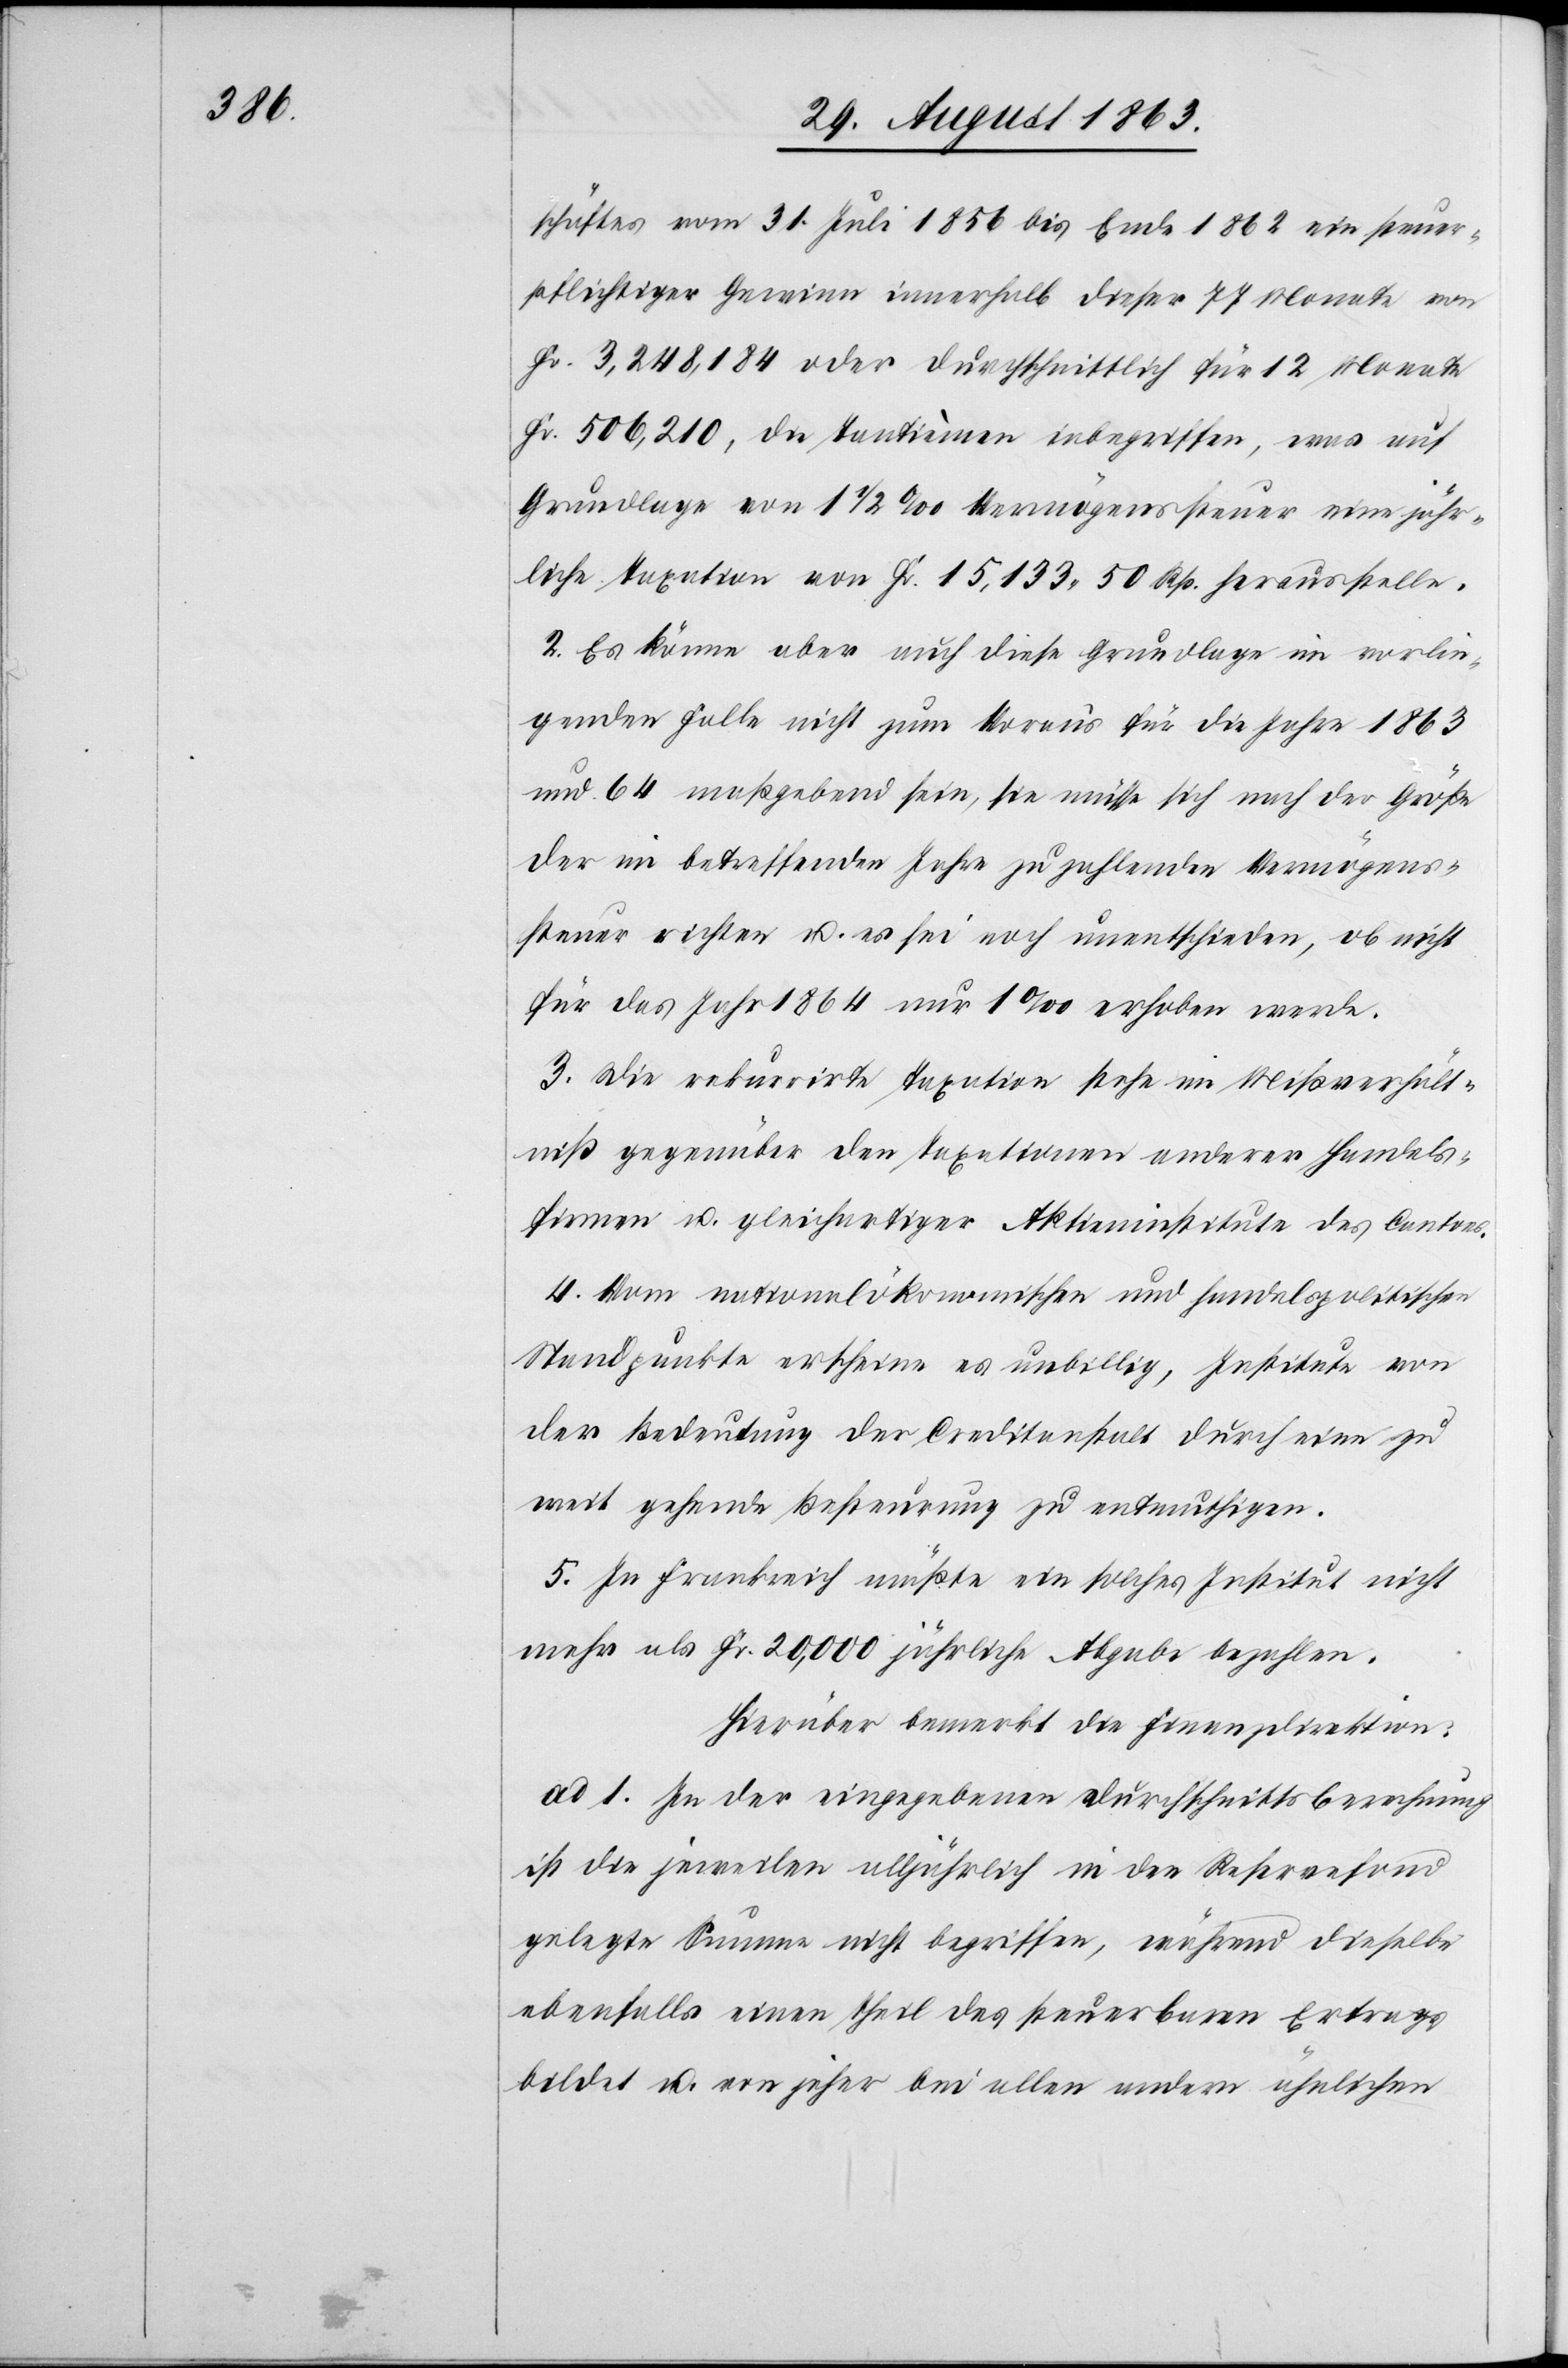
schäftes vom 31. Juli 1856 bis Ende 1862 ein steuer¬
pflichtiger Gewinn innerhalb dieser 77 Monate von
Fr. 3,248,184 oder durchschnittlich für 12 Monate
Fr. 506,210, den Tantièmen inbegriffen, was auf
Grundlage von 1 1/2 ‰ Vermögenssteuer eine jähr¬
liche Taxation von Fr. 15,133. 50 Rp. herausstelle.
2. Es könne aber auch diese Grundlage im vorlie¬
genden Falle nicht zum Voraus für die Jahre 1863
und 64 maßgebend sein, sie müsse sich nach der Größe
der im betreffenden Jahre zu zahlenden Vermögens¬
steuer richten u. es sei noch unentschieden, ob nicht
für das Jahr 1864 nur 1‰ erhoben werde.
3. Die rekurrirte Taxation stehe im Mißverhält¬
niß gegenüber den Taxationen anderer Handels¬
firmen u. gleichartiger Aktieninstitute des Cantons.
4. Vom nationalökonomischen und handelspolitischen
Standpunkte erscheine es unbillig, Institute von
der Bedeutung der Creditanstalt durch eine zu
weit gehende Besteurung zu entmuthigen.
5. In Frankreich müßte ein solches Institut nicht
mehr als Fr. 20,000 jährliche Abgabe bezahlen.[“]
Hierüber bemerkt die Finanzdirektion:
ad 1. In der eingegebenen Durchschnittsberechnung
ist die jeweilen alljährlich in den Reservefond
gelegte Summe nicht begriffen, während dieselbe
ebenfalls einen Theil des steuerbaren Ertrags
bildet u. von jeher bei allen andern ähnlichen